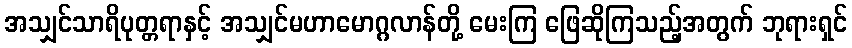
အသျှင်သာရိပုတ္တရာနှင့် အသျှင်မဟာမောဂ္ဂလာန်တို့ မေးကြ ဖြေဆိုကြသည့်အတွက် ဘုရားရှင်